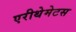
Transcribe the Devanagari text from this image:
एरीथेमेटस